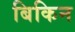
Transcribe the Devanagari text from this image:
बिकिन